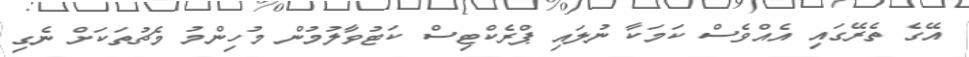
އޭގެ ތެރޭގައި އެއްވެސް ކަމަކާ ނުލައި ޕްރެކްޓިސް ކަޓުވާލުމުން މުހިންމު މެޗުތަކަށް ނެގި